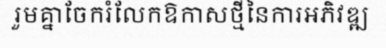
រួមគ្នាចែករំលែកឱកាសថ្មីនៃការអភិវឌ្ឍ